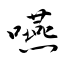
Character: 嚥